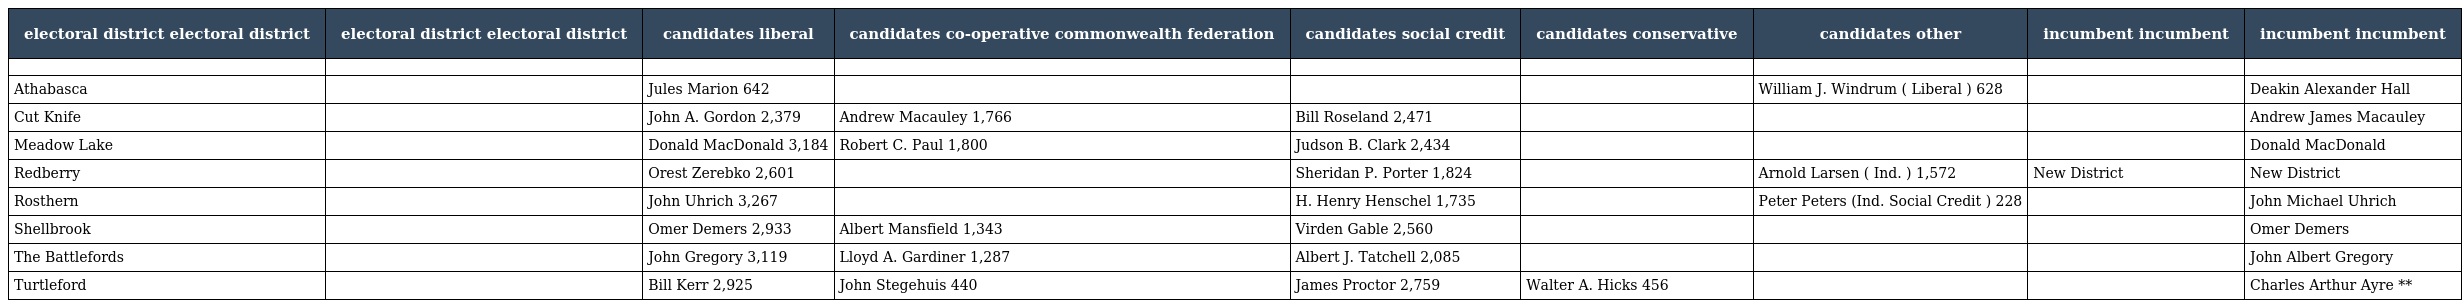
| electoral district electoral district | electoral district electoral district | candidates liberal | candidates co-operative commonwealth federation | candidates social credit | candidates conservative | candidates other | incumbent incumbent | incumbent incumbent |
 | --- | --- | --- | --- | --- | --- | --- | --- | --- |
 |  |  |  |  |  |  |  |  |  |
 | Athabasca |  | Jules Marion 642 |  |  |  | William J. Windrum ( Liberal ) 628 |  | Deakin Alexander Hall |
 | Cut Knife |  | John A. Gordon 2,379 | Andrew Macauley 1,766 | Bill Roseland 2,471 |  |  |  | Andrew James Macauley |
 | Meadow Lake |  | Donald MacDonald 3,184 | Robert C. Paul 1,800 | Judson B. Clark 2,434 |  |  |  | Donald MacDonald |
 | Redberry |  | Orest Zerebko 2,601 |  | Sheridan P. Porter 1,824 |  | Arnold Larsen ( Ind. ) 1,572 | New District | New District |
 | Rosthern |  | John Uhrich 3,267 |  | H. Henry Henschel 1,735 |  | Peter Peters (Ind. Social Credit ) 228 |  | John Michael Uhrich |
 | Shellbrook |  | Omer Demers 2,933 | Albert Mansfield 1,343 | Virden Gable 2,560 |  |  |  | Omer Demers |
 | The Battlefords |  | John Gregory 3,119 | Lloyd A. Gardiner 1,287 | Albert J. Tatchell 2,085 |  |  |  | John Albert Gregory |
 | Turtleford |  | Bill Kerr 2,925 | John Stegehuis 440 | James Proctor 2,759 | Walter A. Hicks 456 |  |  | Charles Arthur Ayre ** |